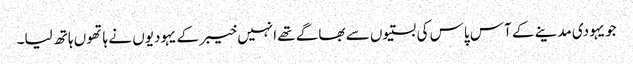
جویہودی مدینے کے آس پاس کی بستیوں سے بھاگے تھے انہیں خیبر کے یہودیوں نے ہاتھوں ہاتھ لیا۔